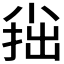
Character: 𡮍